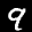
Label: 9